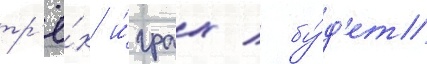
тр'ё́х и́грах / бу́д'ет